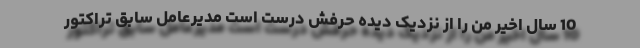
10 سال اخیر من را از نزدیک دیده حرفش درست است مدیرعامل سابق تراکتور